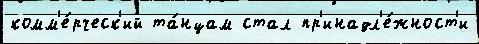
комм'е́рческ'ий та́нцам стал пр'инадл'е́жност'и